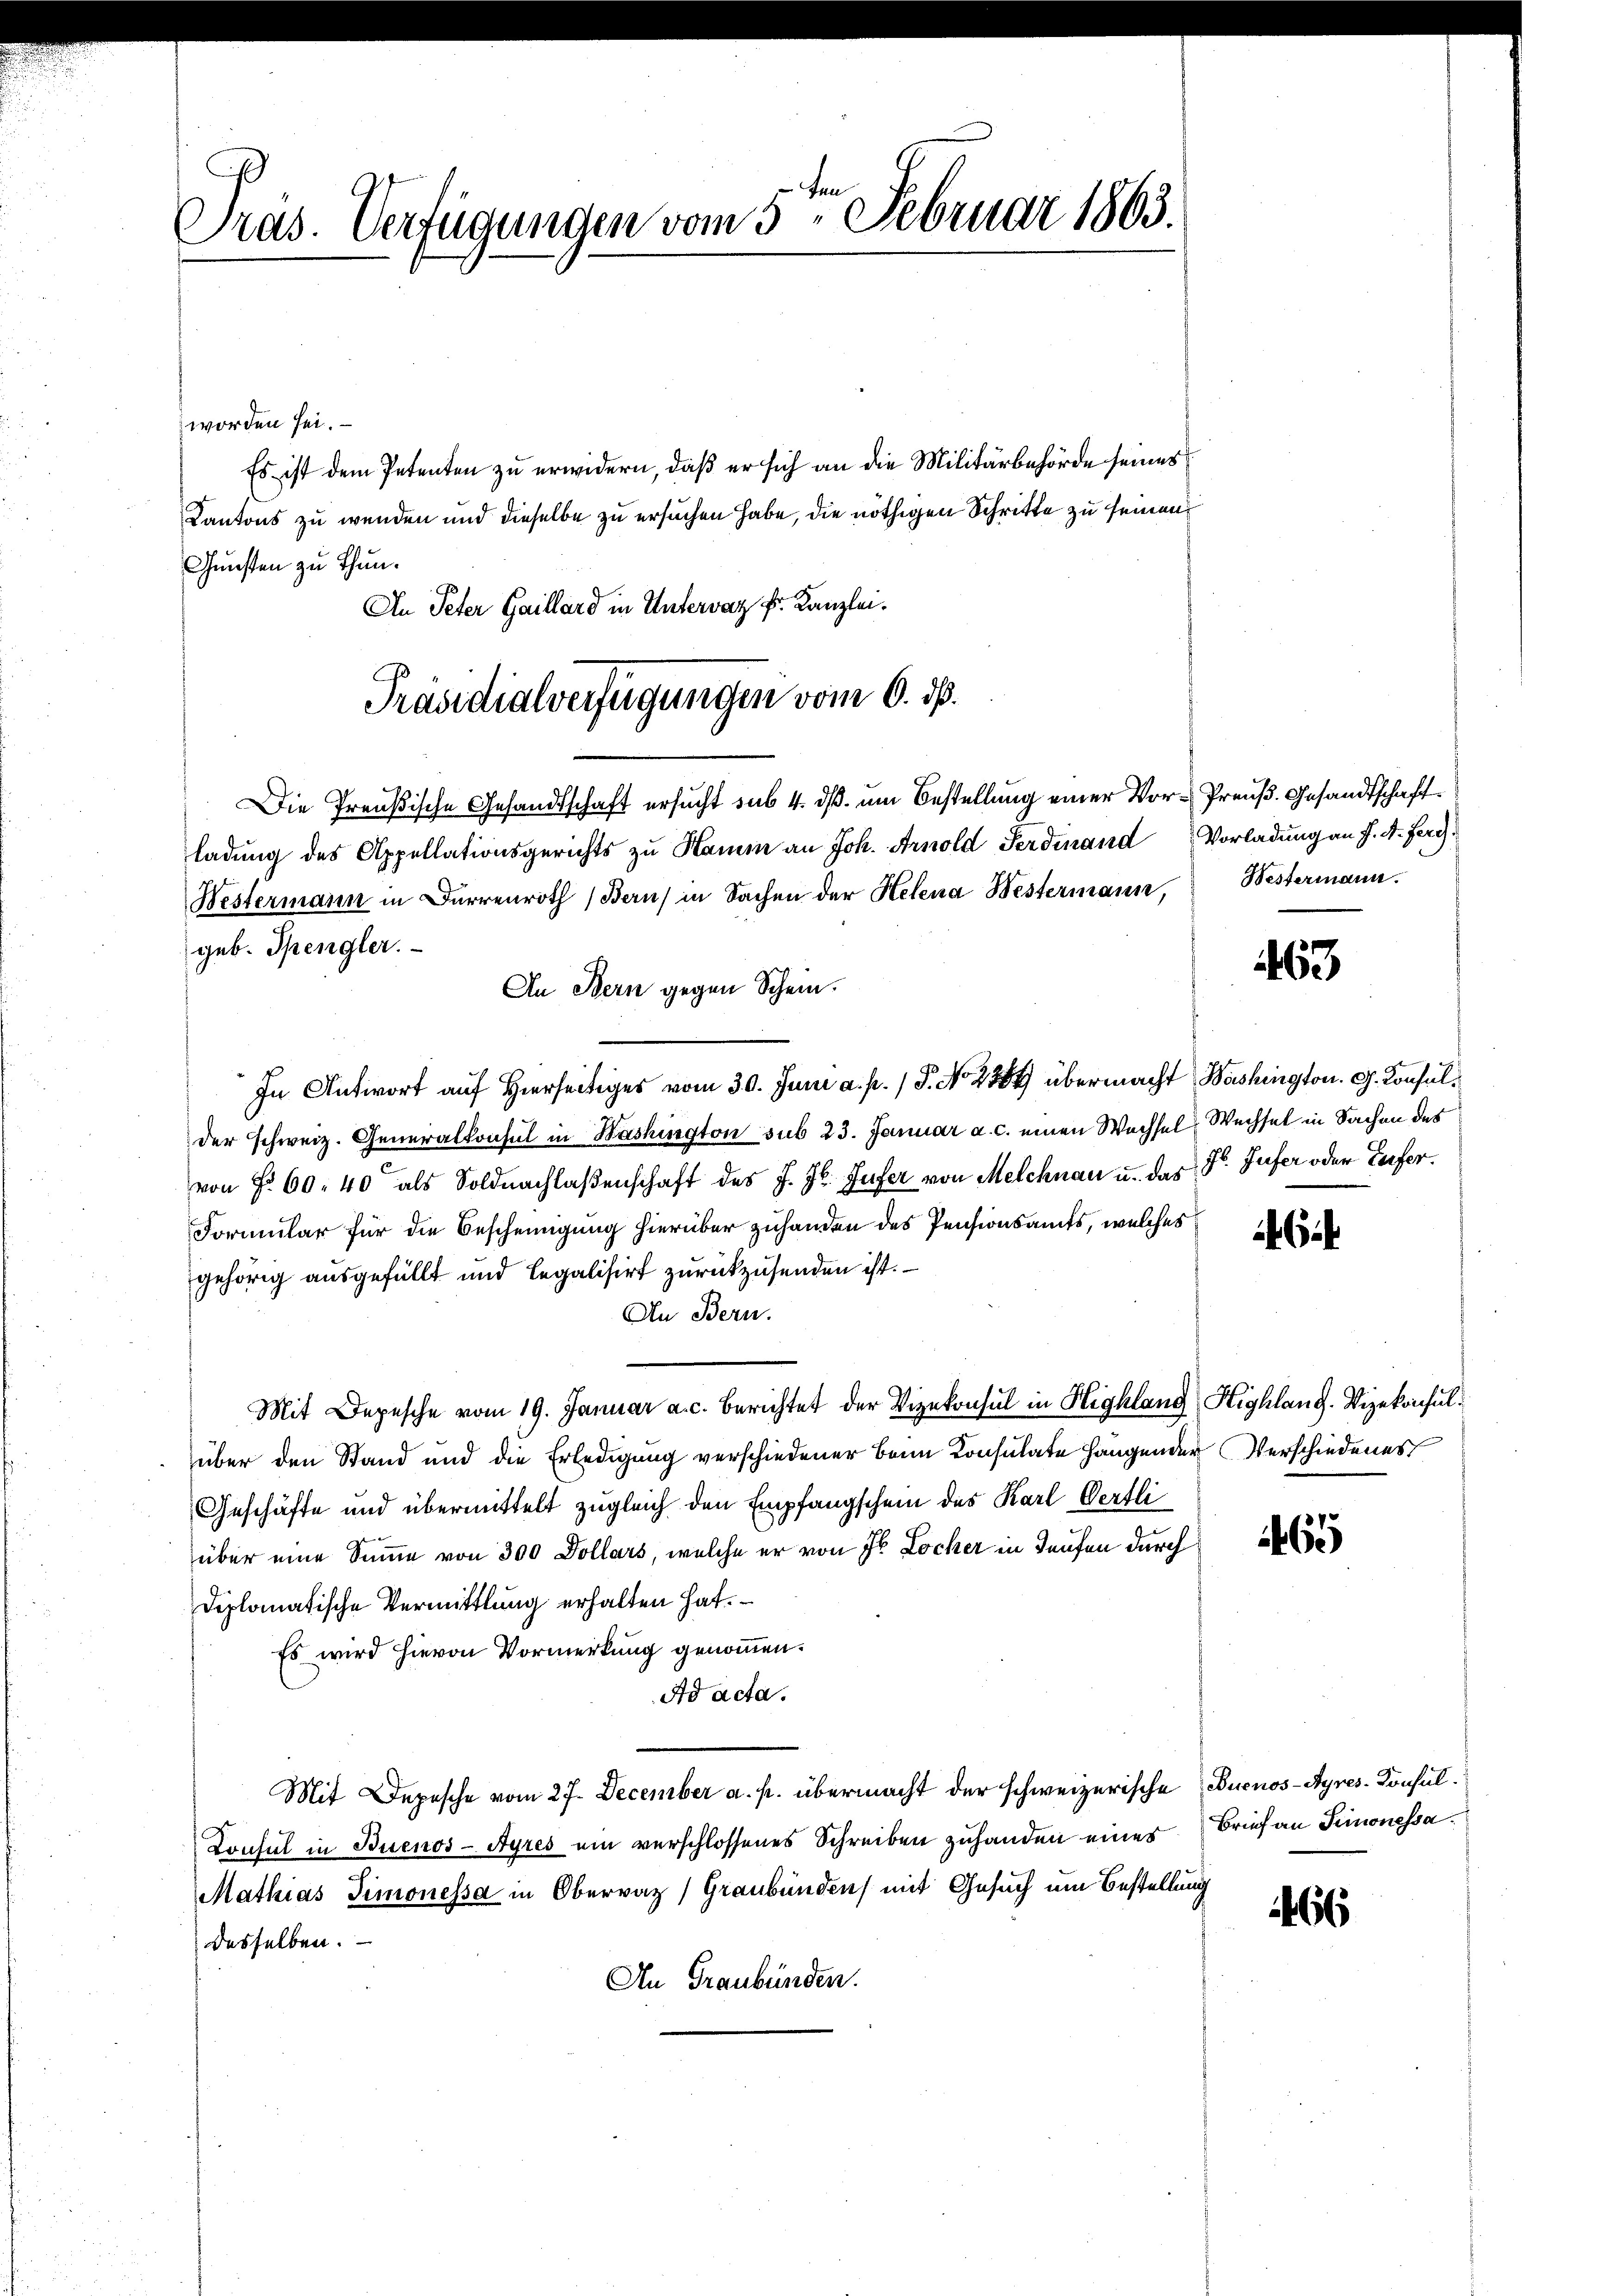
Pras. Verfügungen vom 5. Februar 1863.

worden sei.
Es ist dem Petenten zu erwidern, daß er sich an die Militärbehörde seines
Kantons zu wenden und dieselbe zu ersuchen habe, die nöthigen Schritte zu seinen
Gunsten zu thun.
An Peter Gaillard in Untervaz k. Kanzlei.
Die Preußische Gesandtschaft ersucht sub 4. dß. um Bestellung einer Vor-Preuß. Gesandtschaft
ladung des Appellationsgerichts zu Hamm an Joh. Arnold Ferdinand Vorladung an J. A. Ferg¬
Westermann in Dürrenroth (Bern) in Sachen der Helena Westermann,
geb. Spengler.
An Bern gegen Schein.
In Antwort auf Hierseitiges vom 30. Juni a. p. 1 P. No 2884 übermacht Washington. G. Konsulder schweiz. Generalkonsul in Washington sub 23. Januar a. c. einen Wechsel Wechsel in Sachen des
von § 60. 40 als Soldnachlaßenschaft des J. J. Zufer von Melchnau u. das Fr. Zufer oder Zufer¬
Formular für die Bescheinigung hierüber zuhanden des Pensionsamts, welches
gehörig ausgefüllt und Legalisirt zurückzusenden ist.
An Bern.
Mit Depesche vom 19. Januar a. c. berichtet der Vizekonsul in Highlang Highlang. Vizekonsulüber den Stand und die Erledigung verschiedener beim Konsulate Hangender Verschiedenes
Geschäfte und übermittelt zugleich den Empfangschein des Karl Oertli
über eine Summe von 300 Dollars, welche er von Hr. Locher in Teufen durch
Diplomatische Vermittlung erhalten hat.
Es wird hievon Vormerkung genommen.
Ad acta.
Mit Depesche vom 27. December a. p. übermacht der schweizerische Buenos-Ayres. Konsul¬
Lonsul in Buenos-Ayres ein verschlossenes Schreiben zuhanden einer Brief an Simonessa.
Mathias Simonessa in Obervaz, Graubünden mit Gesuch um Bestellung
derselben.
An Graubünden.

Präsidialverfügungen vom 6. ds.

Bestermann.

463

Gif

65

1466